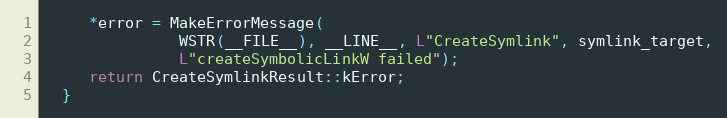
Language: C++
     *error = MakeErrorMessage(
               WSTR(__FILE__), __LINE__, L"CreateSymlink", symlink_target,
               L"createSymbolicLinkW failed");
     return CreateSymlinkResult::kError;
  }